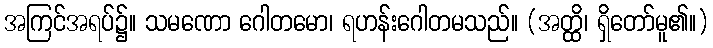
အကြင်အရပ်၌။ သမဏော ဂေါတမော၊ ရဟန်းဂေါတမသည်။ (အတ္ထိ၊ ရှိတော်မူ၏။)